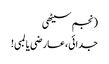
(نجم سیٹھی
جدائی،عارضی یا لمبی!